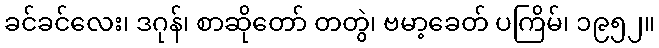
ခင်ခင်လေး၊ ဒဂုန်၊ စာဆိုတော် တတွဲ၊ ဗမာ့ခေတ် ပကြိမ်၊ ၁၉၅၂။